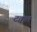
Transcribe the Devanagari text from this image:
टक्कल